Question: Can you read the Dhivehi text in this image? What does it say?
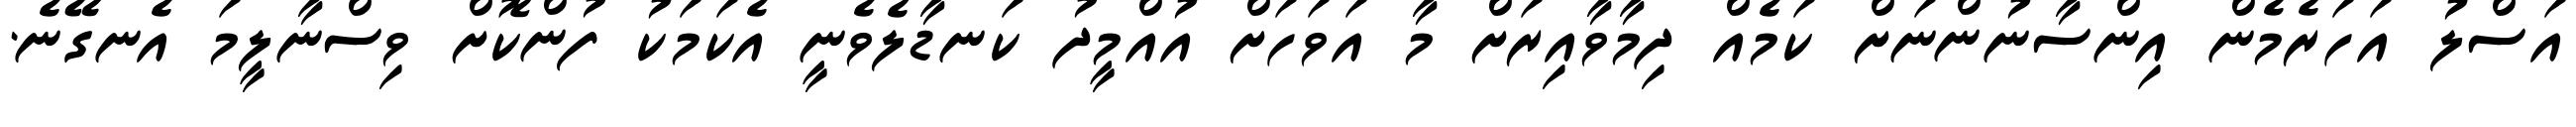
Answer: އަސްލު އަހަރެމެން އިންސާނުންނަށް ކަމެއް ދިމާވާއިރަށް މާ އަވަހަށް އުއްމީދު ކަނޑާލެވެނީ އެކަމަކު ފުންކޮށް ވިސްނާލީމަ އެނގޭނެ.